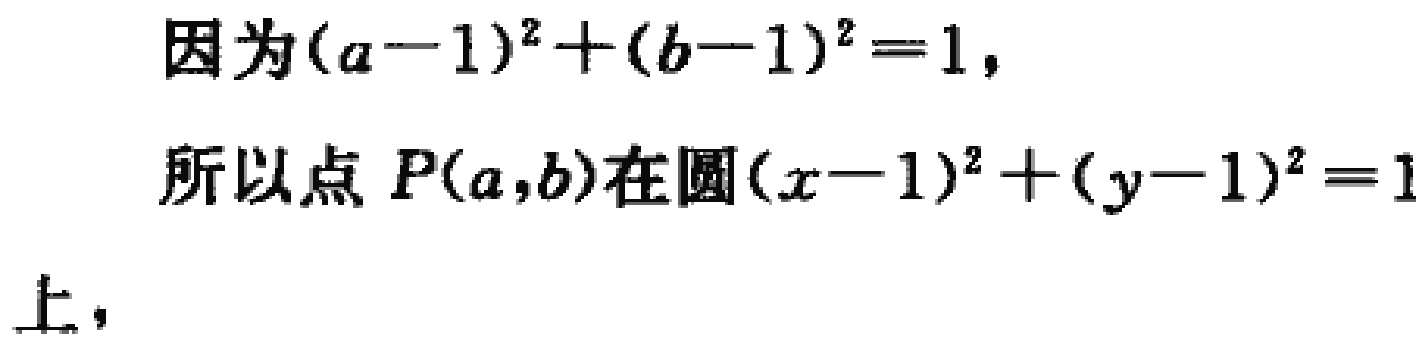
因为\((a - 1)^2 + (b - 1)^2 = 1\)，

所以点 \(P(a,b)\)在圆\((x - 1)^2 + (y - 1)^2 = 1\)

上，